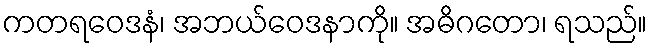
ကတရဝေဒနံ၊ အဘယ်ဝေဒနာကို။ အဓိဂတော၊ ရသည်။